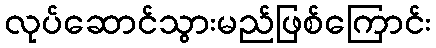
လုပ်ဆောင်သွားမည်ဖြစ်ကြောင်း